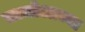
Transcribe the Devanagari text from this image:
सामोआच्या